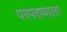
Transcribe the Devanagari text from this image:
परंपरावाला